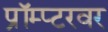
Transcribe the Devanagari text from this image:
प्रॉम्प्टरवर